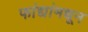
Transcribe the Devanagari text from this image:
फांद्यांमधून